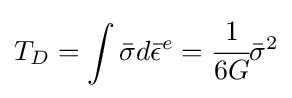
T_{D}=\int {\bar {\sigma }}d{\bar {\epsilon }}^{e}={\cfrac {1}{6G}}{\bar {\sigma }}^{2}